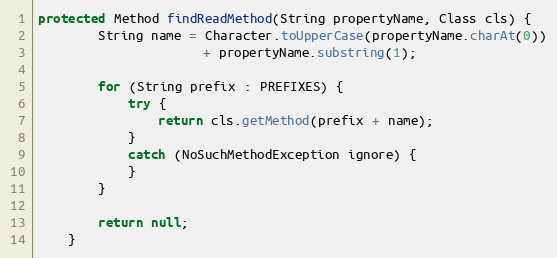
Language: Java
protected Method findReadMethod(String propertyName, Class cls) {
        String name = Character.toUpperCase(propertyName.charAt(0))
                      + propertyName.substring(1);

        for (String prefix : PREFIXES) {
            try {
                return cls.getMethod(prefix + name);
            }
            catch (NoSuchMethodException ignore) {
            }
        }

        return null;
    }